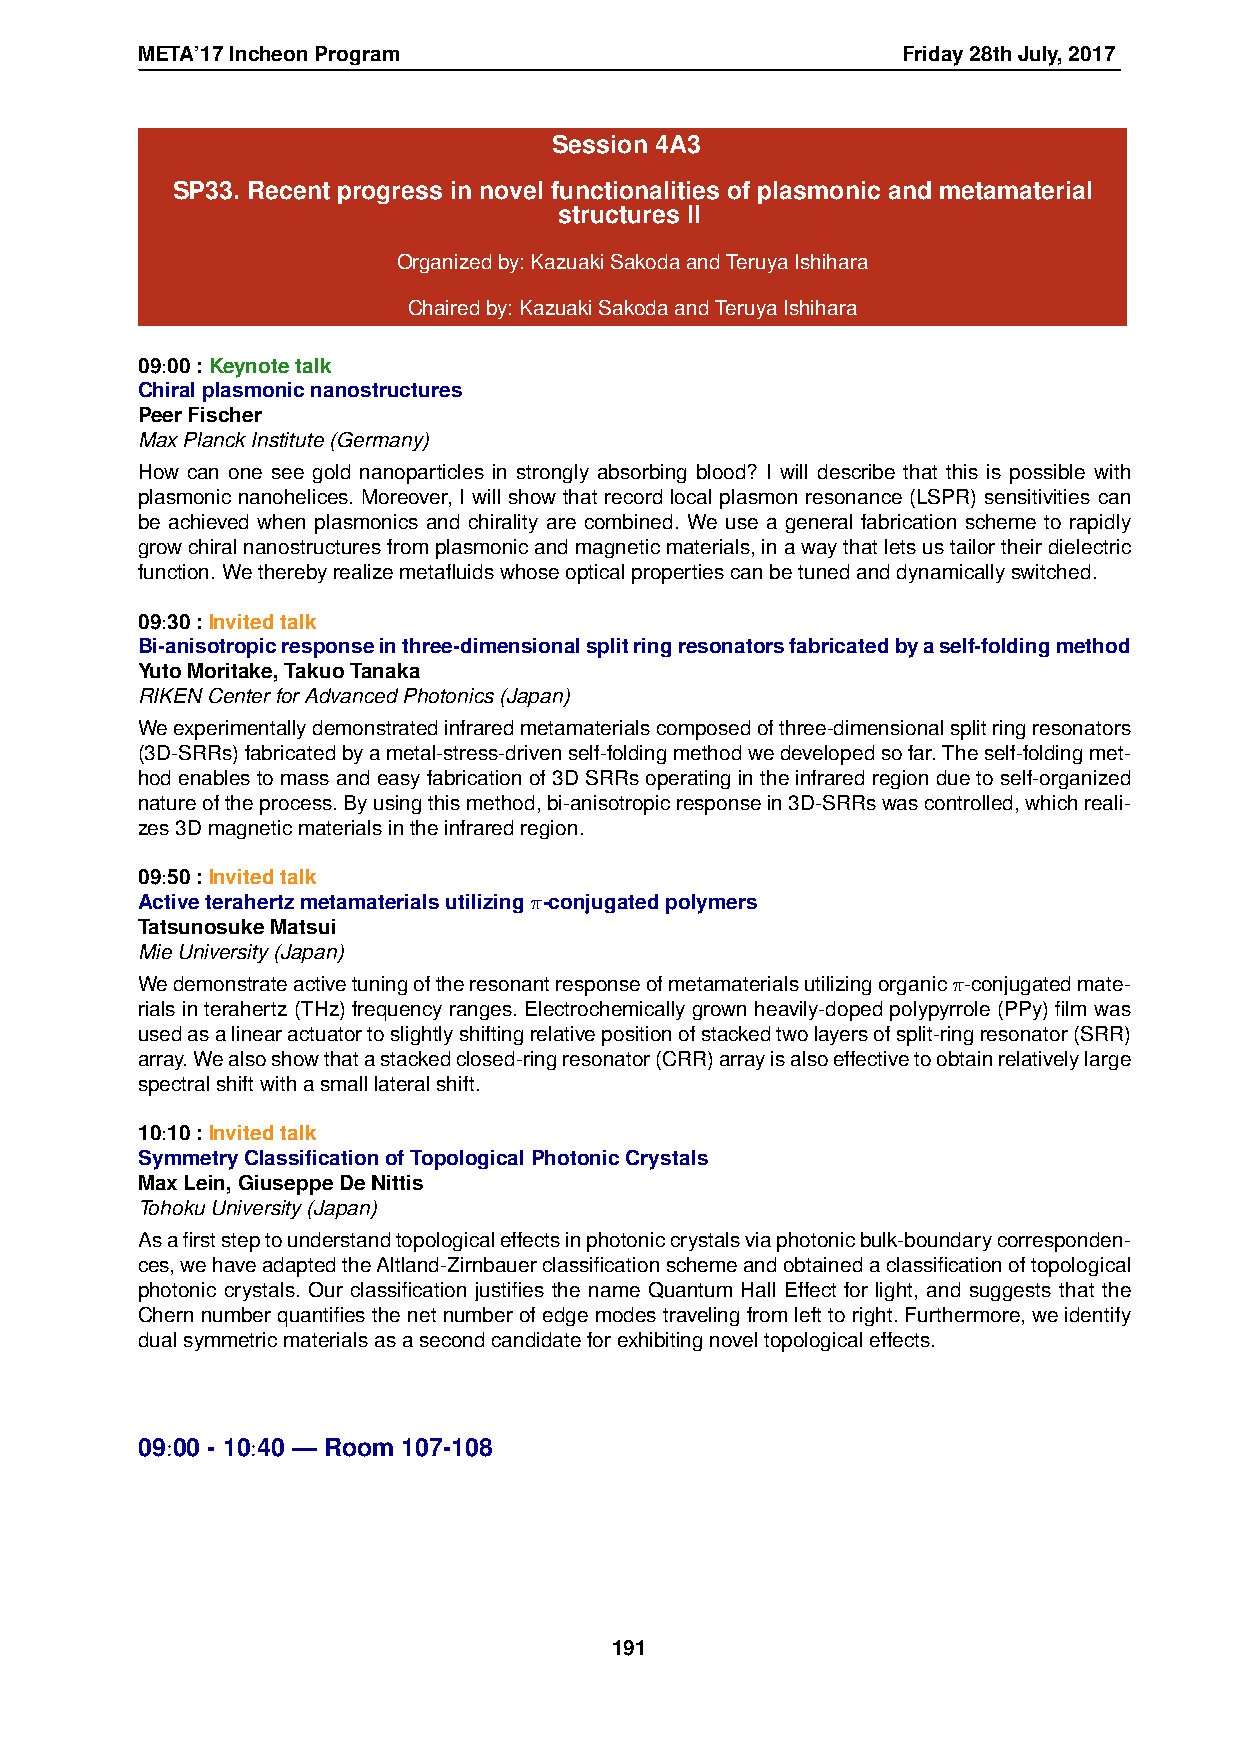
META’17IncheonProgram                              Friday28thJuly,2017
 Session 4A3
 SP33. Recent progress in novel functionalities of plasmonic and metamaterial
 structures II
 Organizedby:KazuakiSakodaandTeruyaIshihara
 Chairedby:KazuakiSakodaandTeruyaIshihara
 09:00:Keynotetalk
 Chiralplasmonicnanostructures
 PeerFischer
 MaxPlanckInstitute(Germany)
 How can one see gold nanoparticles in strongly absorbing blood? I will describe that this is possible with
 plasmonic nanohelices. Moreover, I will show that record local plasmon resonance (LSPR) sensitivities can
 be achieved when plasmonics and chirality are combined. We use a general fabrication scheme to rapidly
 growchiralnanostructuresfromplasmonicandmagneticmaterials,inawaythatletsustailortheirdielectric
 function.Wetherebyrealizemetafluidswhoseopticalpropertiescanbetunedanddynamicallyswitched.
 09:30:Invitedtalk
 Bi-anisotropicresponseinthree-dimensionalsplitringresonatorsfabricatedbyaself-foldingmethod
 YutoMoritake,TakuoTanaka
 RIKENCenterforAdvancedPhotonics(Japan)
 Weexperimentallydemonstratedinfraredmetamaterialscomposedofthree-dimensionalsplitringresonators
 (3D-SRRs)fabricatedbyametal-stress-drivenself-foldingmethodwedevelopedsofar.Theself-foldingmet-
 hodenablestomassandeasyfabricationof3DSRRsoperatingintheinfraredregionduetoself-organized
 natureoftheprocess.Byusingthismethod,bi-anisotropicresponsein3D-SRRswascontrolled,whichreali-
 zes3Dmagneticmaterialsintheinfraredregion.
 09:50:Invitedtalk
 Activeterahertzmetamaterialsutilizingπ-conjugatedpolymers
 TatsunosukeMatsui
 MieUniversity(Japan)
 Wedemonstrateactivetuningoftheresonantresponseofmetamaterialsutilizingorganicπ-conjugatedmate-
 rials in terahertz (THz) frequency ranges. Electrochemically grown heavily-doped polypyrrole (PPy) film was
 usedasalinearactuatortoslightlyshiftingrelativepositionofstackedtwolayersofsplit-ringresonator(SRR)
 array.Wealsoshowthatastackedclosed-ringresonator(CRR)arrayisalsoeffectivetoobtainrelativelylarge
 spectralshiftwithasmalllateralshift.
 10:10:Invitedtalk
 SymmetryClassificationofTopologicalPhotonicCrystals
 MaxLein,GiuseppeDeNittis
 TohokuUniversity(Japan)
 Asafirststeptounderstandtopologicaleffectsinphotoniccrystalsviaphotonicbulk-boundarycorresponden-
 ces,wehaveadaptedtheAltland-Zirnbauerclassificationschemeandobtainedaclassificationoftopological
 photonic crystals. Our classification justifies the name Quantum Hall Effect for light, and suggests that the
 Chernnumberquantifiesthenetnumberofedgemodestravelingfromlefttoright.Furthermore,weidentify
 dualsymmetricmaterialsasasecondcandidateforexhibitingnoveltopologicaleffects.
 09:00 - 10:40 — Room 107-108
 191